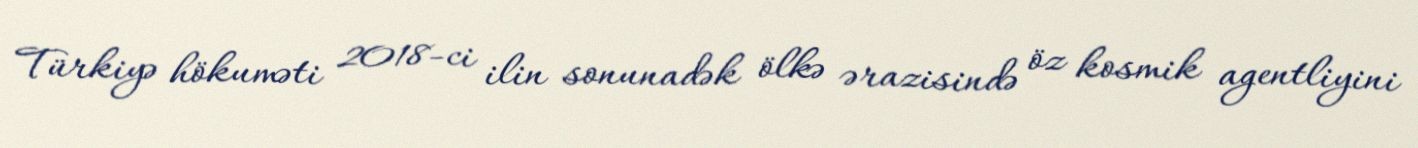
Türkiyə hökuməti 2018-ci ilin sonunadək ölkə ərazisində öz kosmik agentliyini